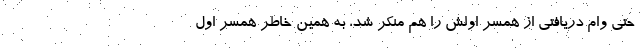
حتی وام دریافتی از همسر اولش را هم منکر شد، به همین خاطر همسر اول